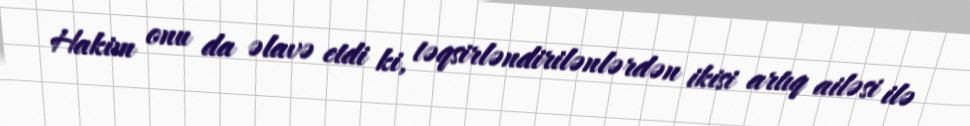
Hakim onu da əlavə etdi ki, təqsirləndirilənlərdən ikisi artıq ailəsi ilə